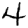
Digit: 4